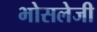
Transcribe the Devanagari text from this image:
भोसलेजी